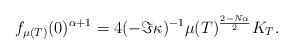
LaTeX: \begin{align*} f _{ \mu (T) } (0) ^{\alpha +1} = 4 (-\Im \kappa )^{-1} \mu (T) ^{\frac {2-N\alpha } {2}} K_T.\end{align*}